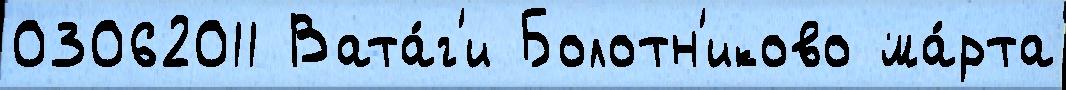
03062011 Вата́г'и Болотн'иково ма́рта